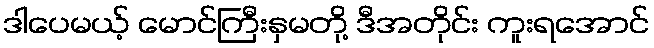
ဒါပေမယ့် မောင်ကြီးနှမတို့ ဒီအတိုင်း ကူးရအောင်